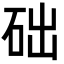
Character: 础